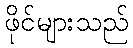
ဖိုင်များသည်